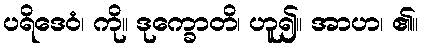
ပရိဒေဝံ၊ ကို။ ဒုက္ခောတိ၊ ဟူ၍။ အာဟ၊ ၏။